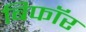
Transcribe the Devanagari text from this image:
बिफाॅर